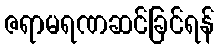
ဇရာမရဏဆင်ခြင်ရန်